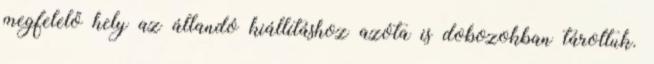
megfelelő hely az állandó kiállításhoz azóta is dobozokban tároltuk.